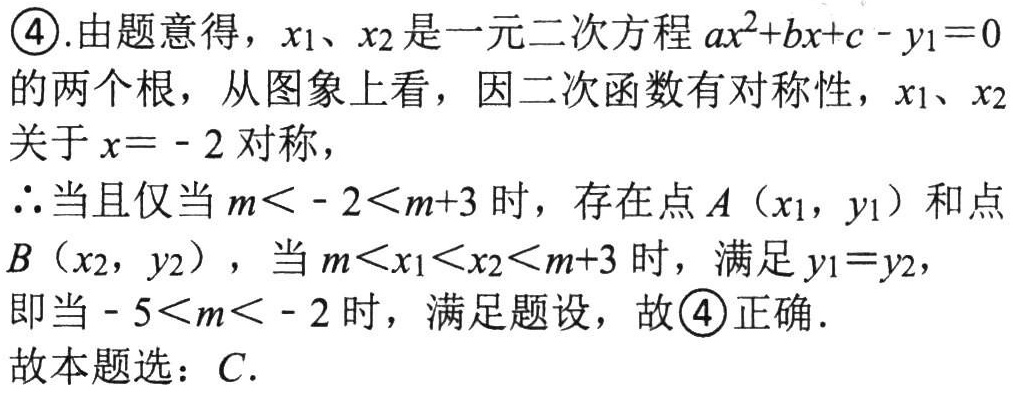
\textcircled{4}.由题意得，\(x_{1}、x_{2}\)是一元二次方程\(ax^{2}+bx + c - y_{1}=0\)
的两个根，从图象上看，因二次函数有对称性，\(x_{1}、x_{2}\)
关于\(x = - 2\)对称，
\(\therefore\)当且仅当\(m< - 2<m + 3\)时，存在点\(A（x_{1}，y_{1}）\)和点
\(B（x_{2}，y_{2}）\)，当\(m<x_{1}<x_{2}<m + 3\)时，满足\(y_{1}=y_{2}\)，
即当\( - 5<m< - 2\)时，满足题设，故\textcircled{4}正确．
故本题选：\(C\)．